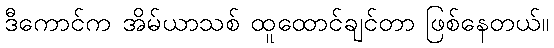
ဒီကောင်က အိမ်ယာသစ် ထူထောင်ချင်တာ ဖြစ်နေတယ်။